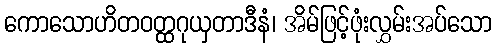
ကောသောဟိတဝတ္ထဂုယှတာဒီနံ၊ အိမ်ဖြင့်ဖုံးလွှမ်းအပ်သော